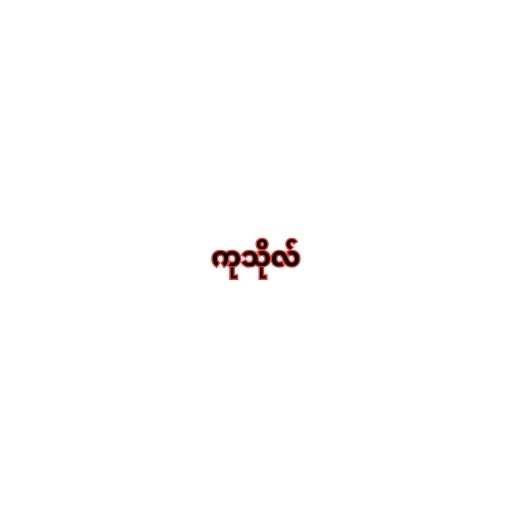
ကုသိုလ်